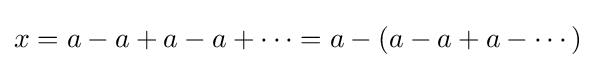
x=a-a+a-a+\cdots =a-(a-a+a-\cdots )